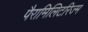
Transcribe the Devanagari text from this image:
पैरामिलिटरिज्म